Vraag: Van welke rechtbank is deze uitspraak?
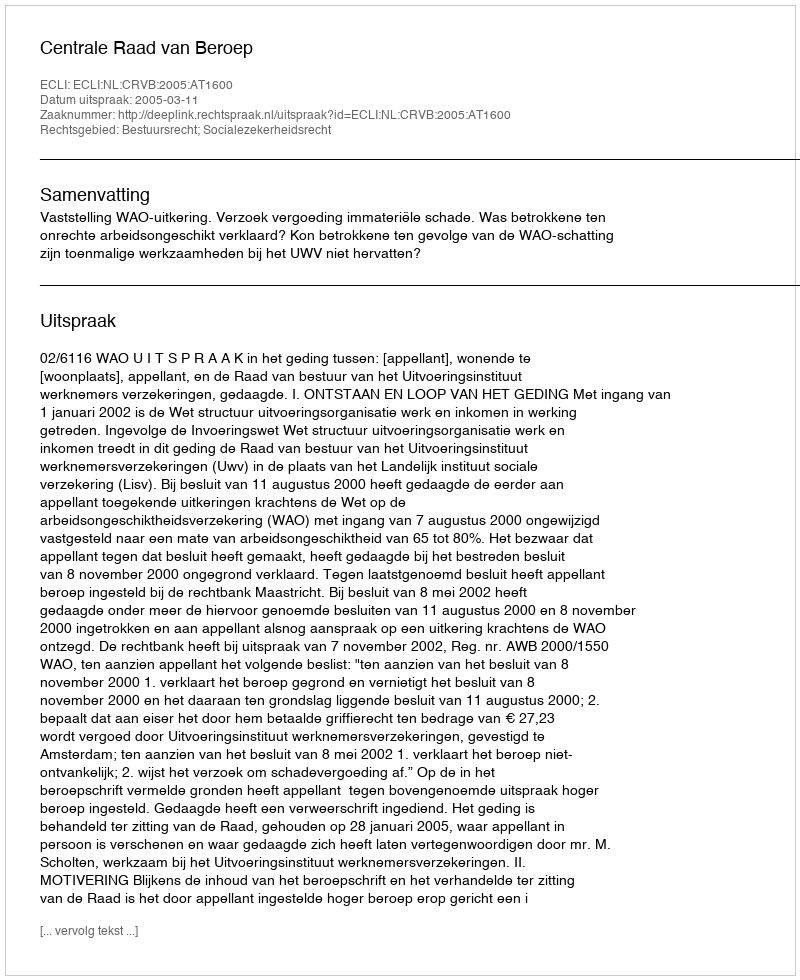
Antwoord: Centrale Raad van Beroep